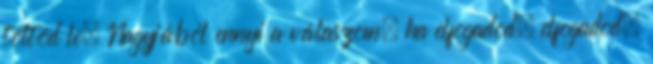
töltöd le. Nagyjából ennyi a válaszom, ha elfogadod, elfogadod,